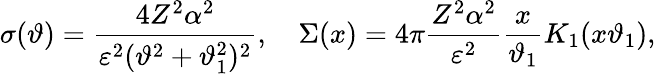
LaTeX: \displaystyle{\sigma(\vartheta)=\frac{4Z^{2}\alpha^{2}}{\varepsilon^{2}(\vartheta^{2}+\vartheta_{1}^{2})^{2}},\quad\Sigma(x)=4\pi\frac{Z^{2}\alpha^{2}}{\varepsilon^{2}}\frac{x}{\vartheta_{1}}K_{1}(x\vartheta_{1})},